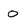
Character: 0